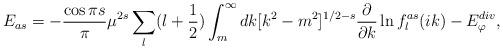
LaTeX: \begin{align*}E_{as}=-{\cos{\pi s}\over \pi} \mu^{2 s}\sum_{l}(l+\frac12)\int^\infty_m dk [k^2 -m^2]^{1/2 -s} \frac{\partial}{\partial k} \ln f^{as}_l(ik)-E^{div}_{\varphi} ,\end{align*}